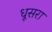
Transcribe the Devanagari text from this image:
धूसरा